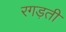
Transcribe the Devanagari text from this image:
रगड़ती